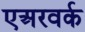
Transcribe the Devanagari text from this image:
एअरवर्क